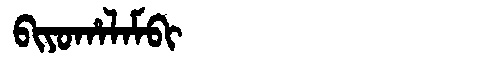
Manchu: ᠪᡳᠶᠣᡥᠠᠯᠠᠮᠪᡳ
Romanization: BIYOHALAMBI